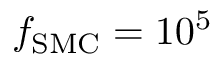
f _ { \mathrm { S M C } } = 1 0 ^ { 5 }